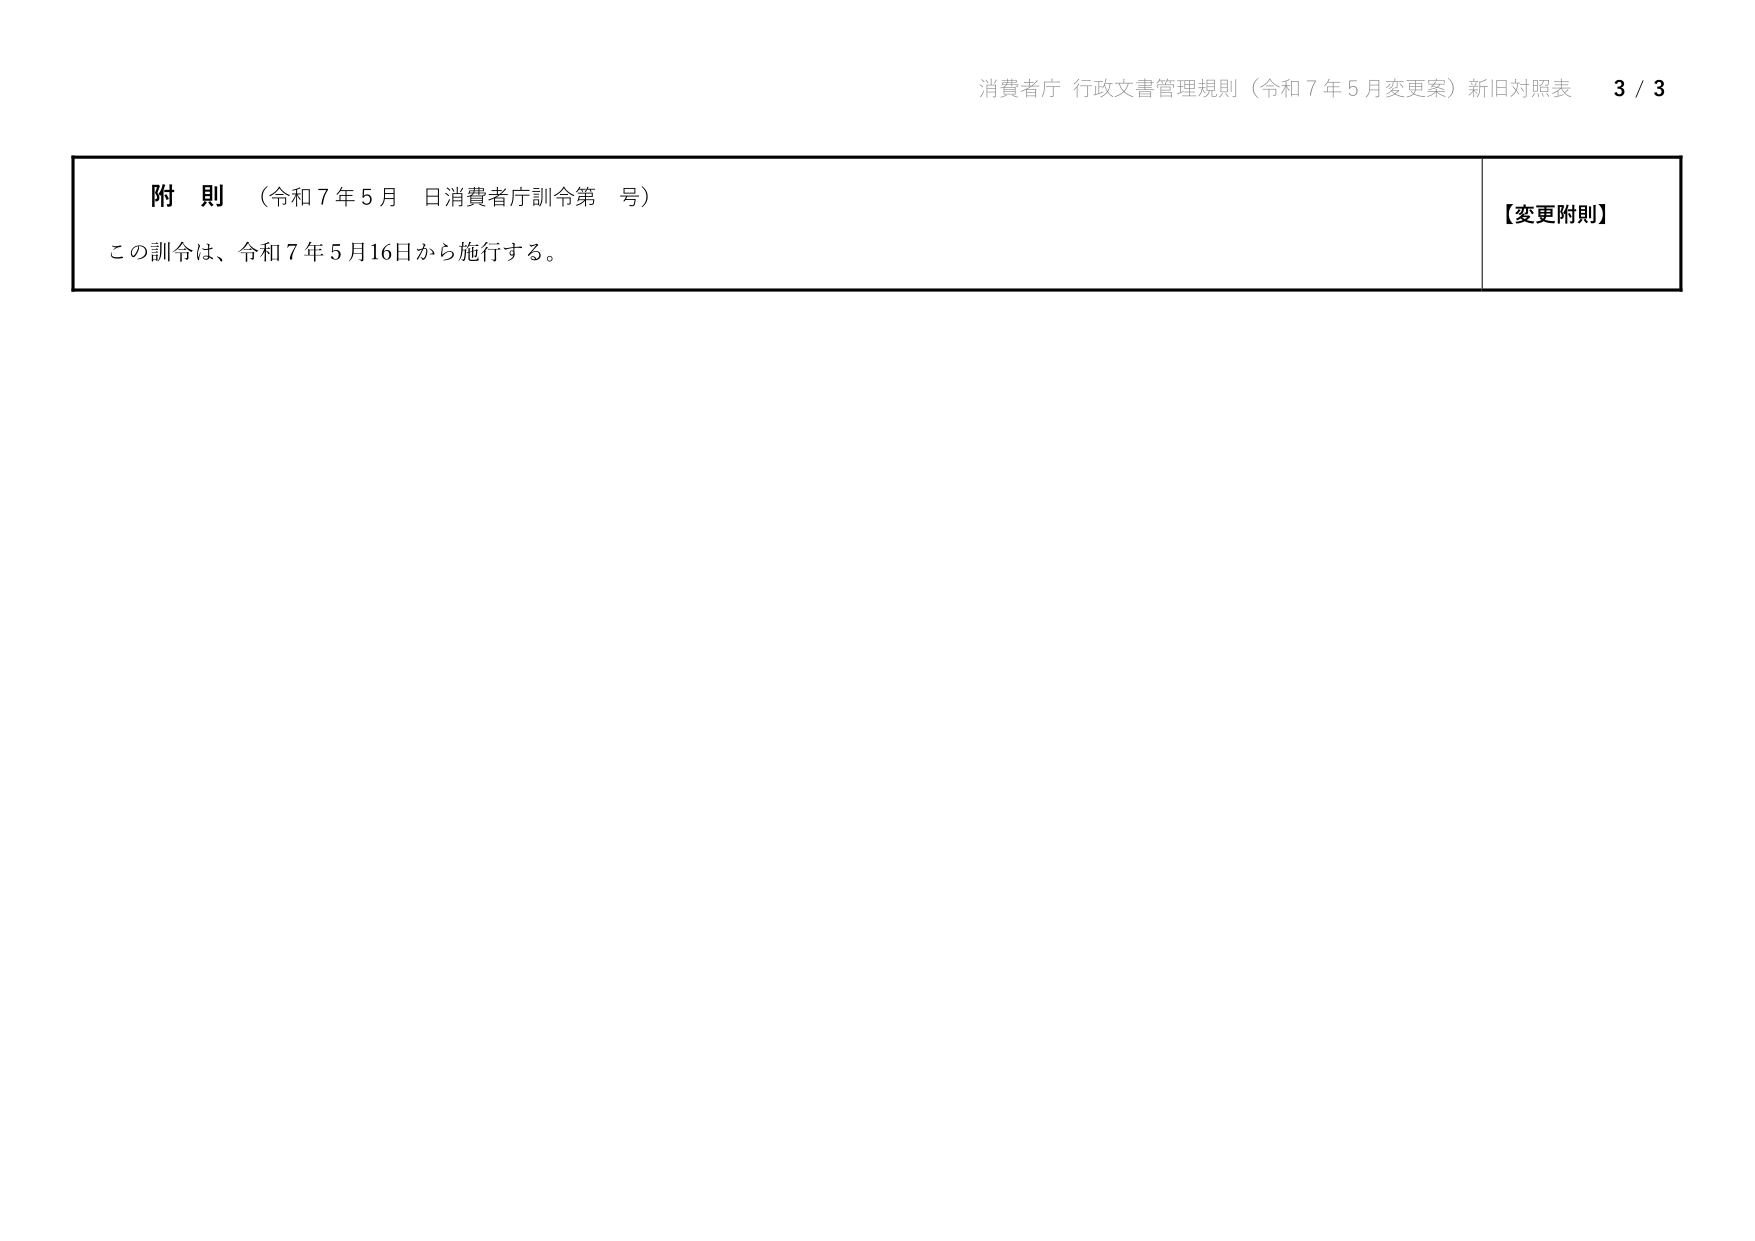
消費者庁 行政文書管理規則（令和７年５月変更案）新旧対照表 3 / 3

附 則 （令和７年５月 日消費者庁訓令第 号）
この訓令は、令和７年５月16日から施行する。

【変更附則】